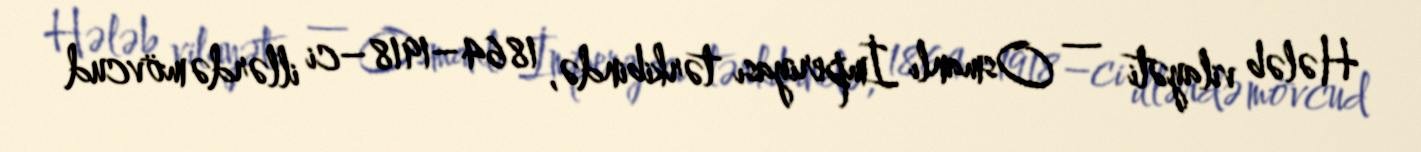
Hələb vilayəti — Osmanlı İmperiyası tərkibində, 1864–1918–ci illərdə mövcud